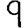
Digit: 9